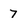
Character: 7